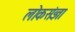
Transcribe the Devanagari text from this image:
लोकसंज्ञा